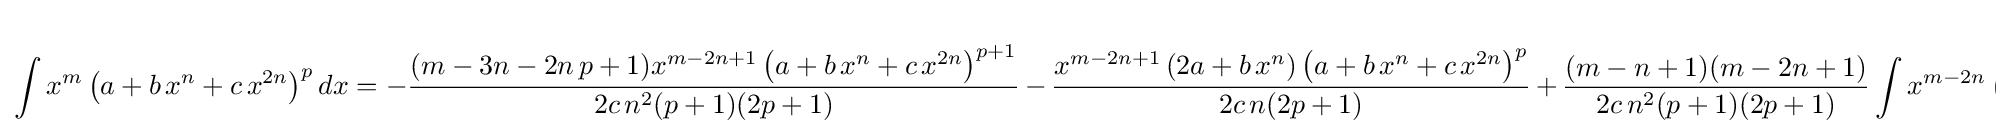
\int x^{m}\left(a+b\,x^{n}+c\,x^{2n}\right)^{p}dx=-{\frac {(m-3n-2n\,p+1)x^{m-2n+1}\left(a+b\,x^{n}+c\,x^{2n}\right)^{p+1}}{2c\,n^{2}(p+1)(2p+1)}}\,-\,{\frac {x^{m-2n+1}\left(2a+b\,x^{n}\right)\left(a+b\,x^{n}+c\,x^{2n}\right)^{p}}{2c\,n(2p+1)}}\,+\,{\frac {(m-n+1)(m-2n+1)}{2c\,n^{2}(p+1)(2p+1)}}\int x^{m-2n}\left(a+b\,x^{n}+c\,x^{2n}\right)^{p+1}dx